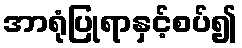
အာရုံပြုရာနှင့်စပ်၍